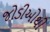
જોડીઓથી